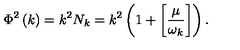
\Phi ^ { 2 } \left( k \right) = k ^ { 2 } N _ { k } = k ^ { 2 } \left( 1 + \left[ \frac { \mu } { \omega _ { k } } \right] \right) .